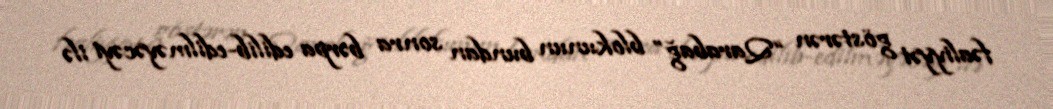
fəaliyyət göstərən “Qarabağ” blokunun bundan sonra bərpa edilib-edilməyəcəyi ilə